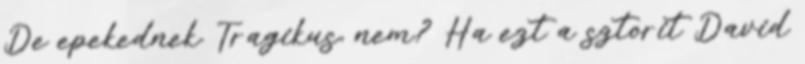
De epekednek. Tragikus, nem? Ha ezt a sztorit David